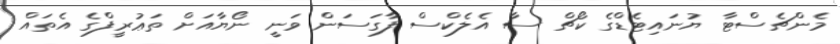
މެންޗެސްޓާ ޔުނައިޓެޑްގެ ކޯޗް ސާ އެލެކްސް ފާގަސަން ވަނީ ނޯޔާއަށް ތަޢުރީފްގެ އެތައް